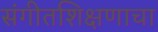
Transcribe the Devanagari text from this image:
संगीतशिक्षणाचा